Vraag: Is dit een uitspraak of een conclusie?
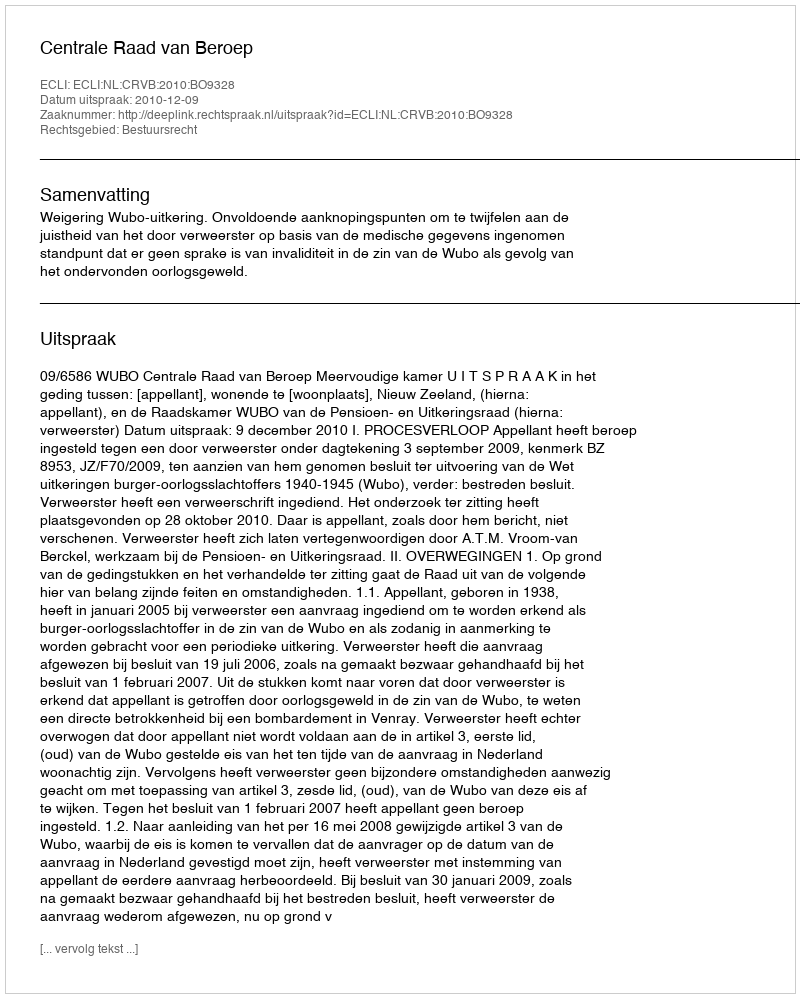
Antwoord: Uitspraak